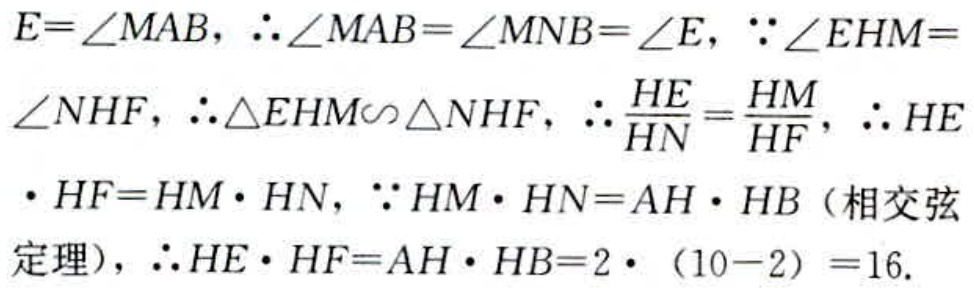
$E = \angle MAB, \therefore \angle MAB=\angle MNB = \angle E, \because \angle EHM = \angle NHF, \therefore \triangle EHM\sim\triangle NHF, \therefore \frac{HE}{HN}=\frac{HM}{HF}, \therefore HE\cdot HF = HM\cdot HN, \because HM\cdot HN = AH\cdot HB \text{（相交弦定理）}, \therefore HE\cdot HF = AH\cdot HB = 2\cdot(10 - 2)=16.$